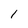
Character: 1